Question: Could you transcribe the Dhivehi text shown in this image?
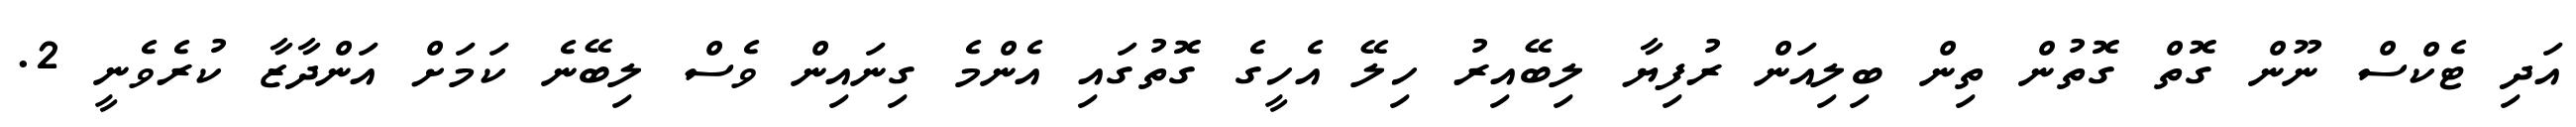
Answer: އަދި ޓެކްސް ނޫން ގޮތް ގޮތުން ތިން ބިލިއަން ރުފިޔާ ލިބޭއިރު ހިލޭ އެހީގެ ގޮތުގައި އެންމެ ގިނައިން ވެސް ލިބޭނެ ކަމަށް އަންދާޒާ ކުރެވެނީ 2.